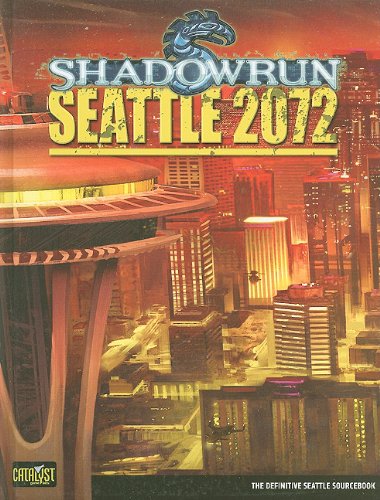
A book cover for Shadowrun Seattle 2072 (Shadowrun (Catalyst)); Steve Kenson; Science Fiction & Fantasy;